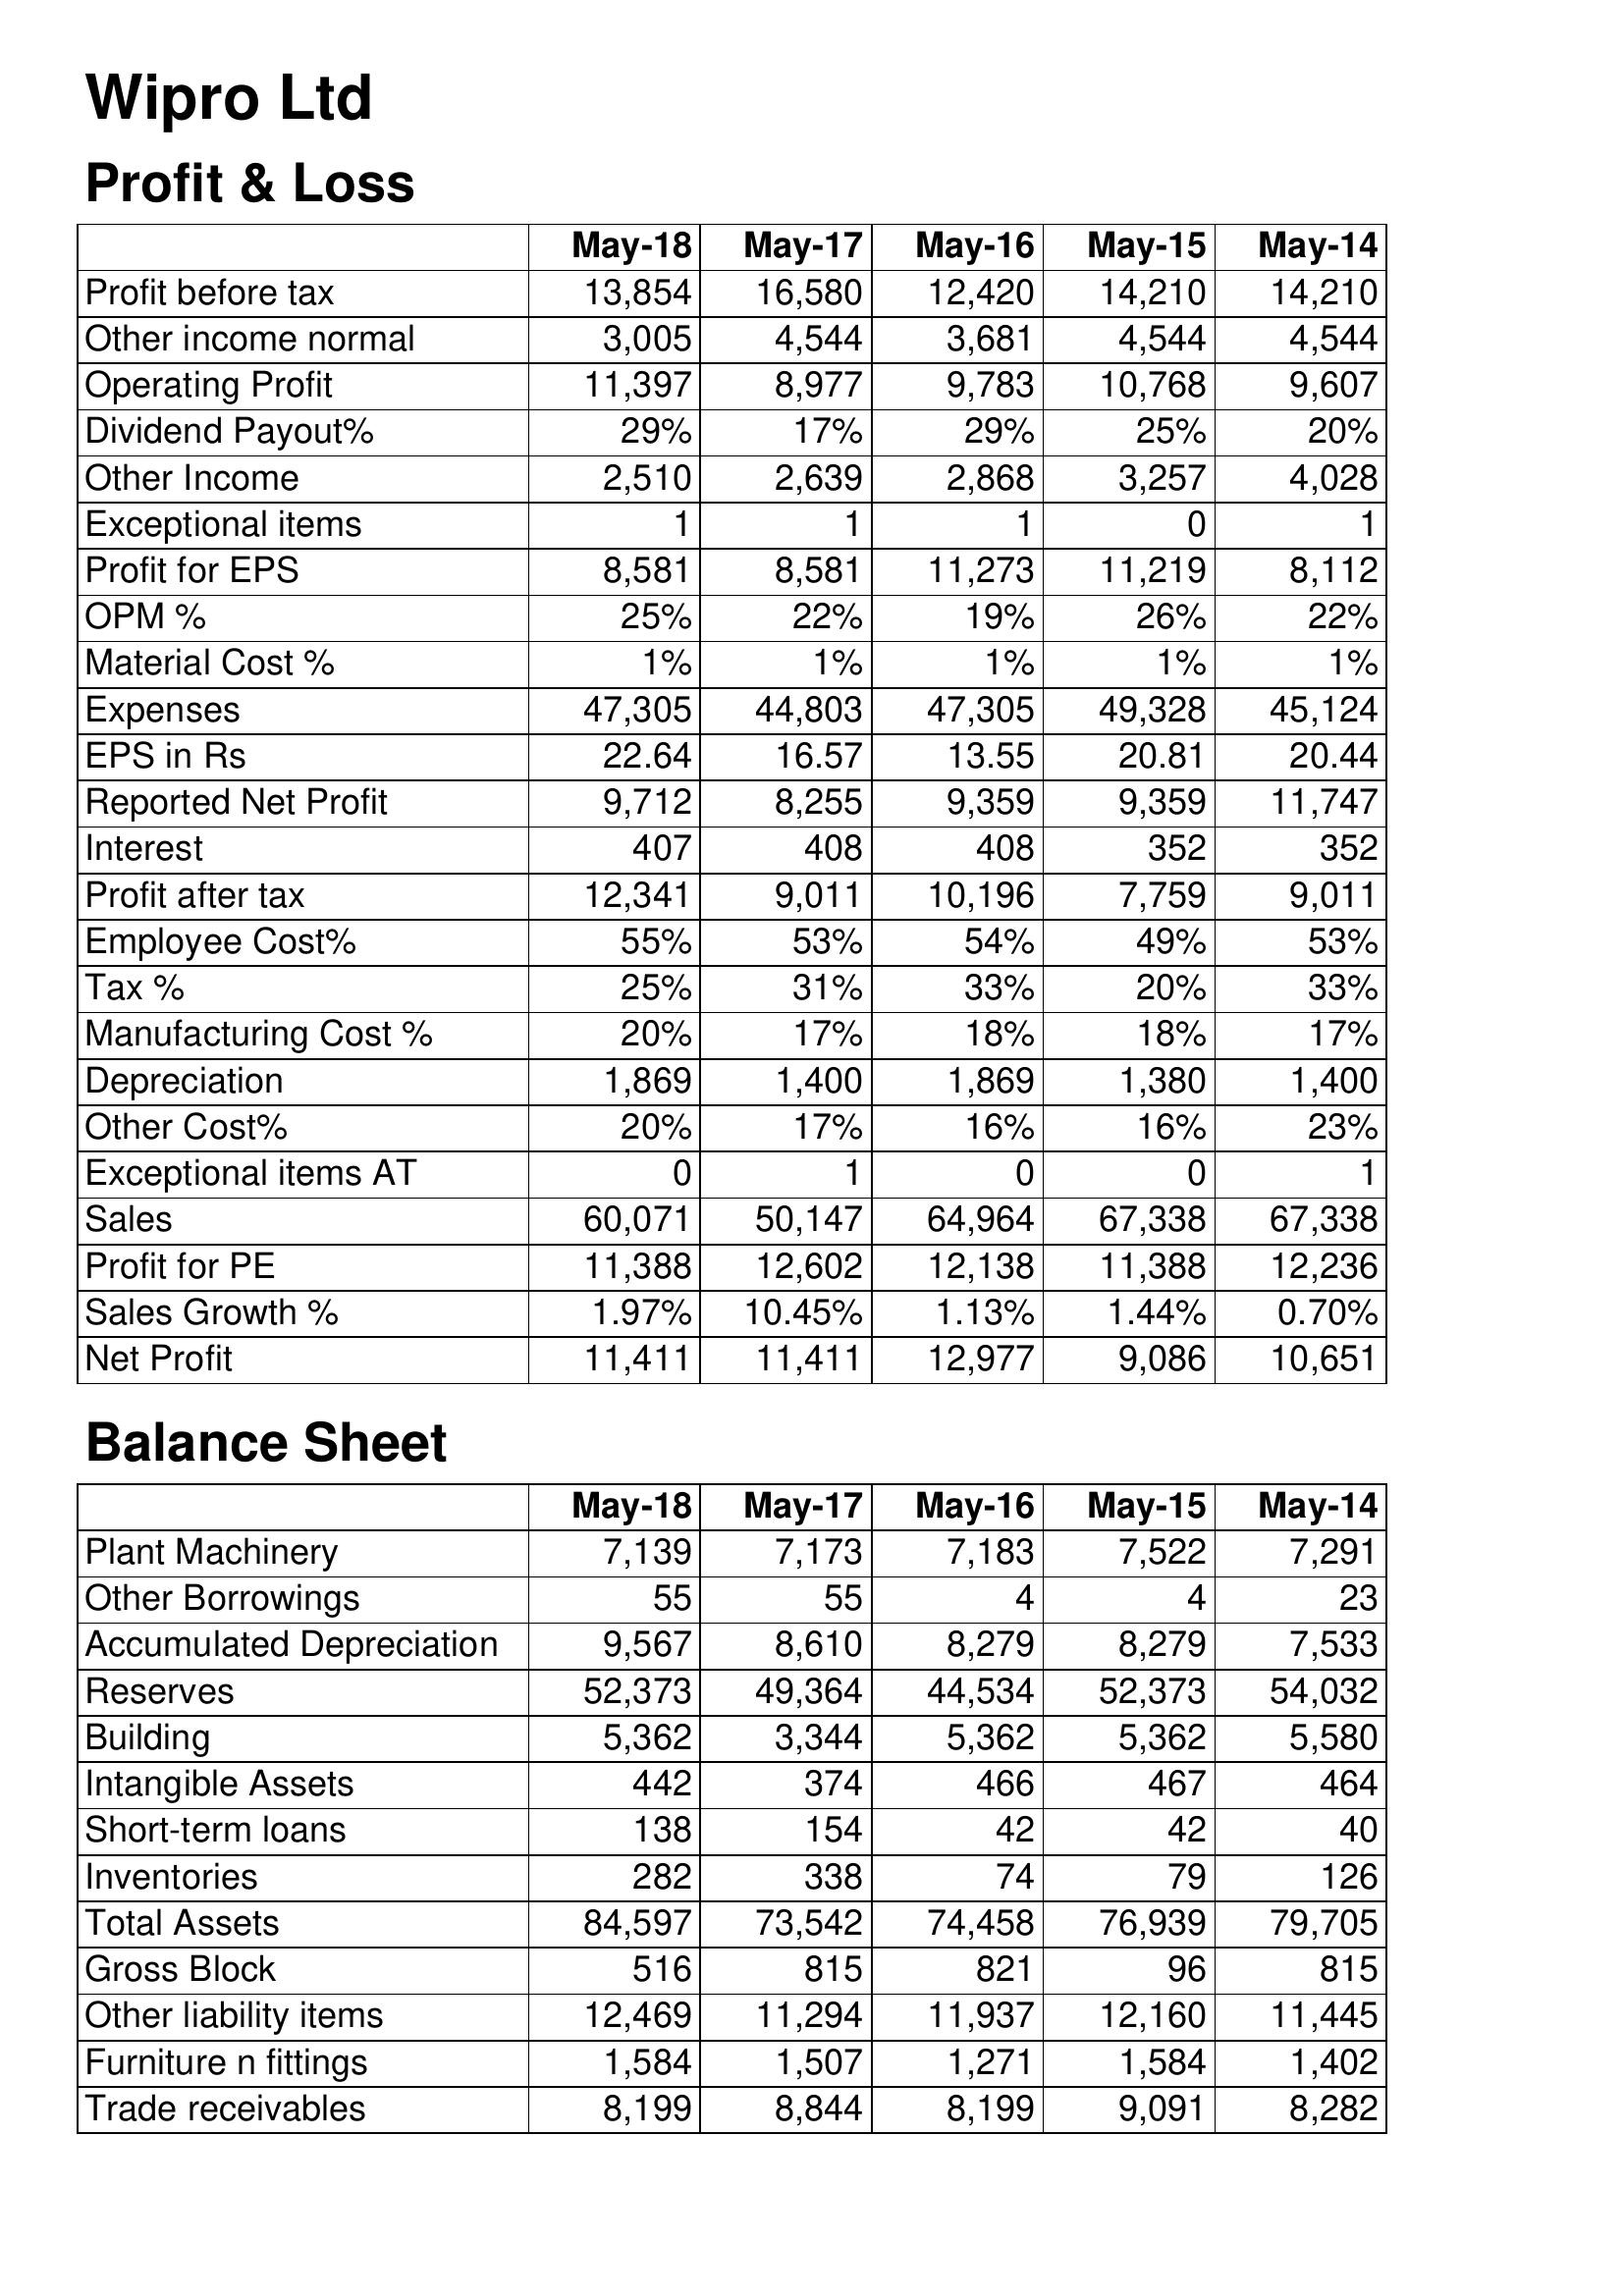
May-18: Profit & Loss: Profit before tax: 13,854
Other income normal: 3,005
Operating Profit: 11,397
Dividend Payout%: 29%
Other Income: 2,510
Exceptional items: 1
Profit for EPS: 8,581
OPM %: 25%
Material Cost %: 1%
Expenses: 47,305
EPS in Rs: 22.64
Reported Net Profit: 9,712
Interest: 407
Profit after tax: 12,341
Employee Cost%: 55%
Tax %: 25%
Manufacturing Cost %: 20%
Depreciation: 1,869
Other Cost%: 20%
Exceptional items AT: 0
Sales: 60,071
Profit for PE: 11,388
Sales Growth %: 1.97%
Net Profit: 11,411
Balance Sheet: Plant Machinery: 7,139
Other Borrowings: 55
Accumulated Depreciation: 9,567
Reserves: 52,373
Building: 5,362
Intangible Assets: 442
Short-term loans: 138
Inventories: 282
Total Assets: 84,597
Gross Block: 516
Other liability items: 12,469
Furniture n fittings: 1,584
Trade receivables: 8,199
May-17: Profit & Loss: Profit before tax: 16,580
Other income normal: 4,544
Operating Profit: 8,977
Dividend Payout%: 17%
Other Income: 2,639
Exceptional items: 1
Profit for EPS: 8,581
OPM %: 22%
Material Cost %: 1%
Expenses: 44,803
EPS in Rs: 16.57
Reported Net Profit: 8,255
Interest: 408
Profit after tax: 9,011
Employee Cost%: 53%
Tax %: 31%
Manufacturing Cost %: 17%
Depreciation: 1,400
Other Cost%: 17%
Exceptional items AT: 1
Sales: 50,147
Profit for PE: 12,602
Sales Growth %: 10.45%
Net Profit: 11,411
Balance Sheet: Plant Machinery: 7,173
Other Borrowings: 55
Accumulated Depreciation: 8,610
Reserves: 49,364
Building: 3,344
Intangible Assets: 374
Short-term loans: 154
Inventories: 338
Total Assets: 73,542
Gross Block: 815
Other liability items: 11,294
Furniture n fittings: 1,507
Trade receivables: 8,844
May-16: Profit & Loss: Profit before tax: 12,420
Other income normal: 3,681
Operating Profit: 9,783
Dividend Payout%: 29%
Other Income: 2,868
Exceptional items: 1
Profit for EPS: 11,273
OPM %: 19%
Material Cost %: 1%
Expenses: 47,305
EPS in Rs: 13.55
Reported Net Profit: 9,359
Interest: 408
Profit after tax: 10,196
Employee Cost%: 54%
Tax %: 33%
Manufacturing Cost %: 18%
Depreciation: 1,869
Other Cost%: 16%
Exceptional items AT: 0
Sales: 64,964
Profit for PE: 12,138
Sales Growth %: 1.13%
Net Profit: 12,977
Balance Sheet: Plant Machinery: 7,183
Other Borrowings: 4
Accumulated Depreciation: 8,279
Reserves: 44,534
Building: 5,362
Intangible Assets: 466
Short-term loans: 42
Inventories: 74
Total Assets: 74,458
Gross Block: 821
Other liability items: 11,937
Furniture n fittings: 1,271
Trade receivables: 8,199
May-15: Profit & Loss: Profit before tax: 14,210
Other income normal: 4,544
Operating Profit: 10,768
Dividend Payout%: 25%
Other Income: 3,257
Exceptional items: 0
Profit for EPS: 11,219
OPM %: 26%
Material Cost %: 1%
Expenses: 49,328
EPS in Rs: 20.81
Reported Net Profit: 9,359
Interest: 352
Profit after tax: 7,759
Employee Cost%: 49%
Tax %: 20%
Manufacturing Cost %: 18%
Depreciation: 1,380
Other Cost%: 16%
Exceptional items AT: 0
Sales: 67,338
Profit for PE: 11,388
Sales Growth %: 1.44%
Net Profit: 9,086
Balance Sheet: Plant Machinery: 7,522
Other Borrowings: 4
Accumulated Depreciation: 8,279
Reserves: 52,373
Building: 5,362
Intangible Assets: 467
Short-term loans: 42
Inventories: 79
Total Assets: 76,939
Gross Block: 96
Other liability items: 12,160
Furniture n fittings: 1,584
Trade receivables: 9,091
May-14: Profit & Loss: Profit before tax: 14,210
Other income normal: 4,544
Operating Profit: 9,607
Dividend Payout%: 20%
Other Income: 4,028
Exceptional items: 1
Profit for EPS: 8,112
OPM %: 22%
Material Cost %: 1%
Expenses: 45,124
EPS in Rs: 20.44
Reported Net Profit: 11,747
Interest: 352
Profit after tax: 9,011
Employee Cost%: 53%
Tax %: 33%
Manufacturing Cost %: 17%
Depreciation: 1,400
Other Cost%: 23%
Exceptional items AT: 1
Sales: 67,338
Profit for PE: 12,236
Sales Growth %: 0.70%
Net Profit: 10,651
Balance Sheet: Plant Machinery: 7,291
Other Borrowings: 23
Accumulated Depreciation: 7,533
Reserves: 54,032
Building: 5,580
Intangible Assets: 464
Short-term loans: 40
Inventories: 126
Total Assets: 79,705
Gross Block: 815
Other liability items: 11,445
Furniture n fittings: 1,402
Trade receivables: 8,282